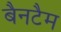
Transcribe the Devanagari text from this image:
बैनटैम